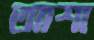
আশা